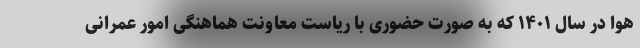
هوا در سال ۱۴۰۱ که به صورت حضوری با ریاست معاونت هماهنگی امور َعمرانی